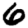
Digit: 6